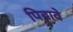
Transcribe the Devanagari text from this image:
पिवावे